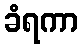
ခံရကာ